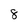
Character: 8